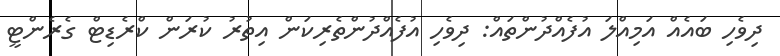
ދިވެހި ބައެއް އަމިއްލަ އުފެއްދުންތައް: ދިވެހި އުފެއްދުންތެރިކަން އިތުރު ކުރަން ކްރެޑިޓް ގެރެންޓީ